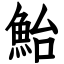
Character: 鮐